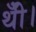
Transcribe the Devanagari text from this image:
थीँ।